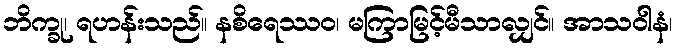
ဘိက္ခု၊ ရဟန်းသည်။ နစိရေဿဝ၊ မကြာမြင့်မီသာလျှင်။ အာသဝါနံ၊